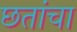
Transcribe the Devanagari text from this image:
छतांचा